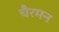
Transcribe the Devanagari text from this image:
चैरमन